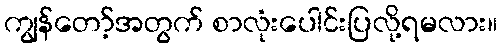
ကျွန်တော့်အတွက် စာလုံးပေါင်းပြလို့ရမလား။